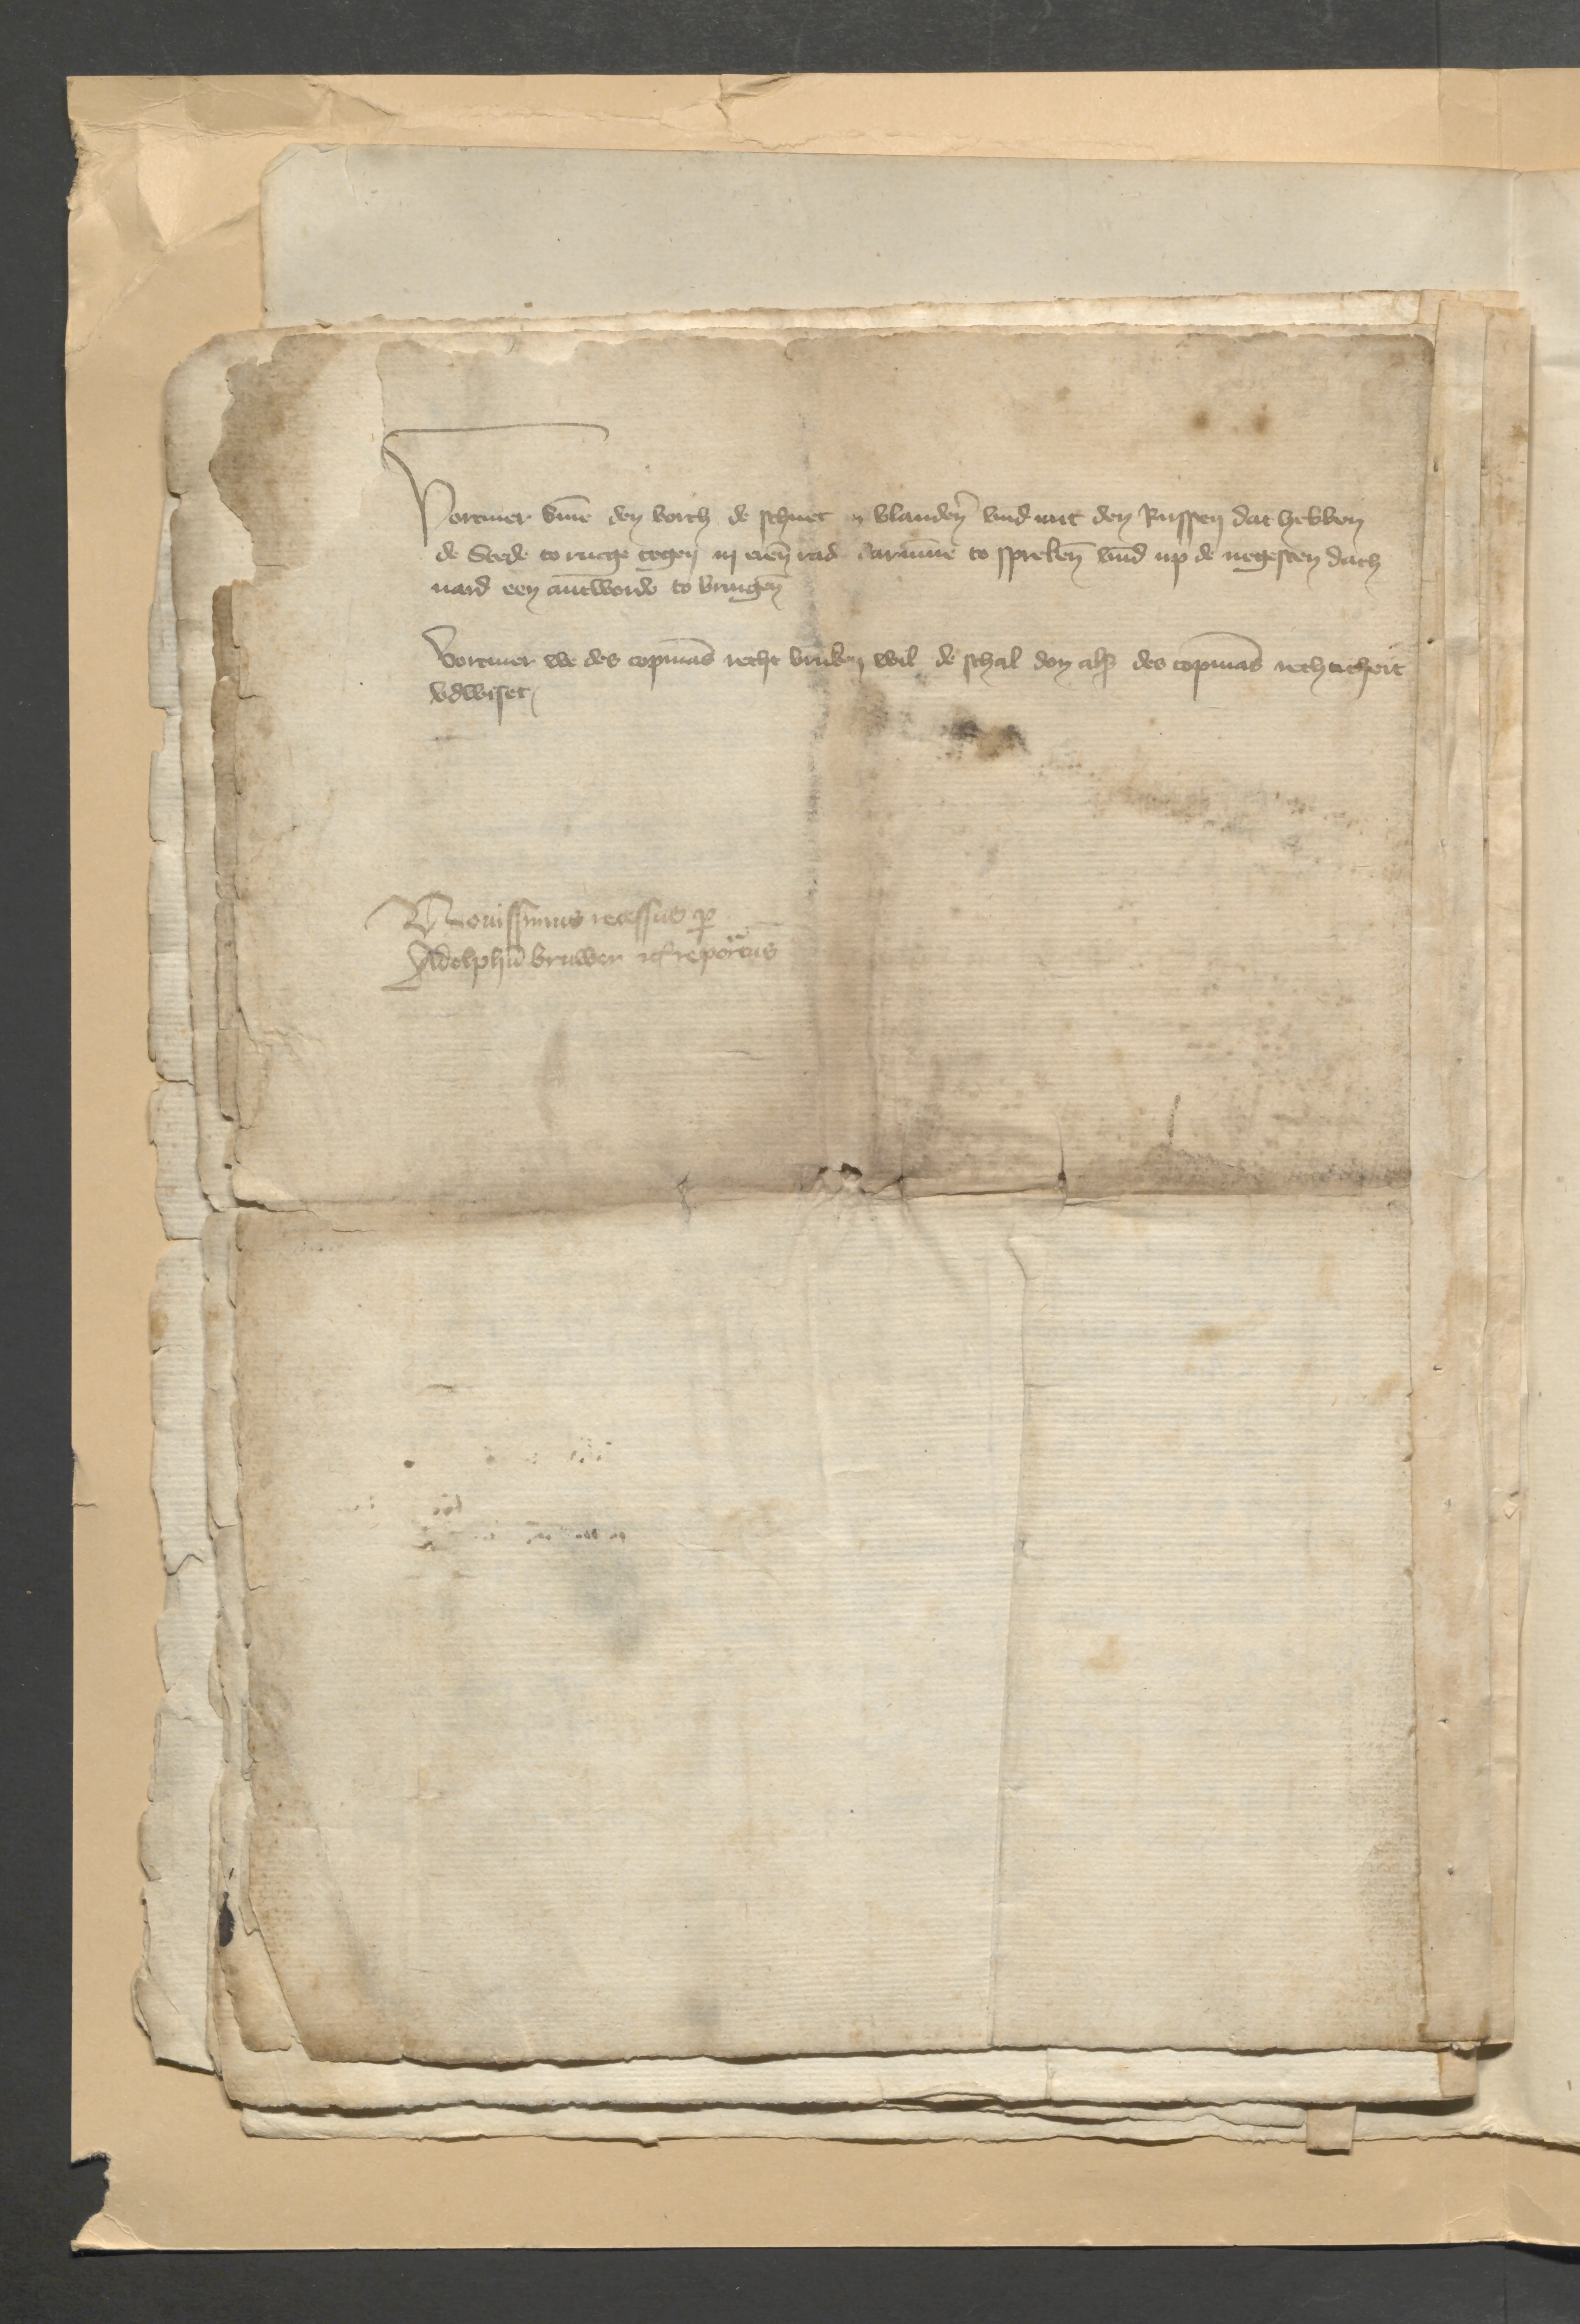
Voremer vmme den borch de schuet in Vlanderen vnd mit den Russen dat hebben
de Stede to rucge tegen in eren rad darumme to sprekenen vnd up de negesten dach¬
uard een antworde to bringen

Voremer we des Copmans recht bruken wil de schal don als des Copmans rechticheit
vdwiset,
Mon Jns wes der
Welche bruken reporen